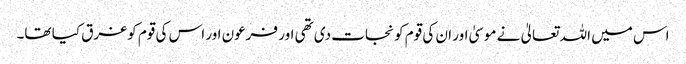
اس میں اللہ تعالیٰ نے موسیٰ اور ان کی قوم کو نجات دی تھی اور فرعون اور اس کی قوم کوغرق کیا تھا۔